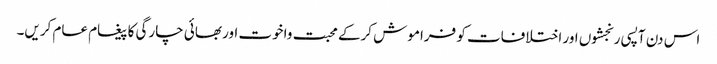
اس دن آپسی رنجشوں اور اختلافات کو فراموش کرکے محبت واخوت اور بھائی چارگی کا پیغام عام کریں۔